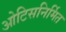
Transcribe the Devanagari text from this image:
ओटिसनिर्मित